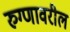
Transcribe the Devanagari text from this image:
रुग्णावरील